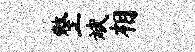
整斌相